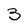
Character: 3